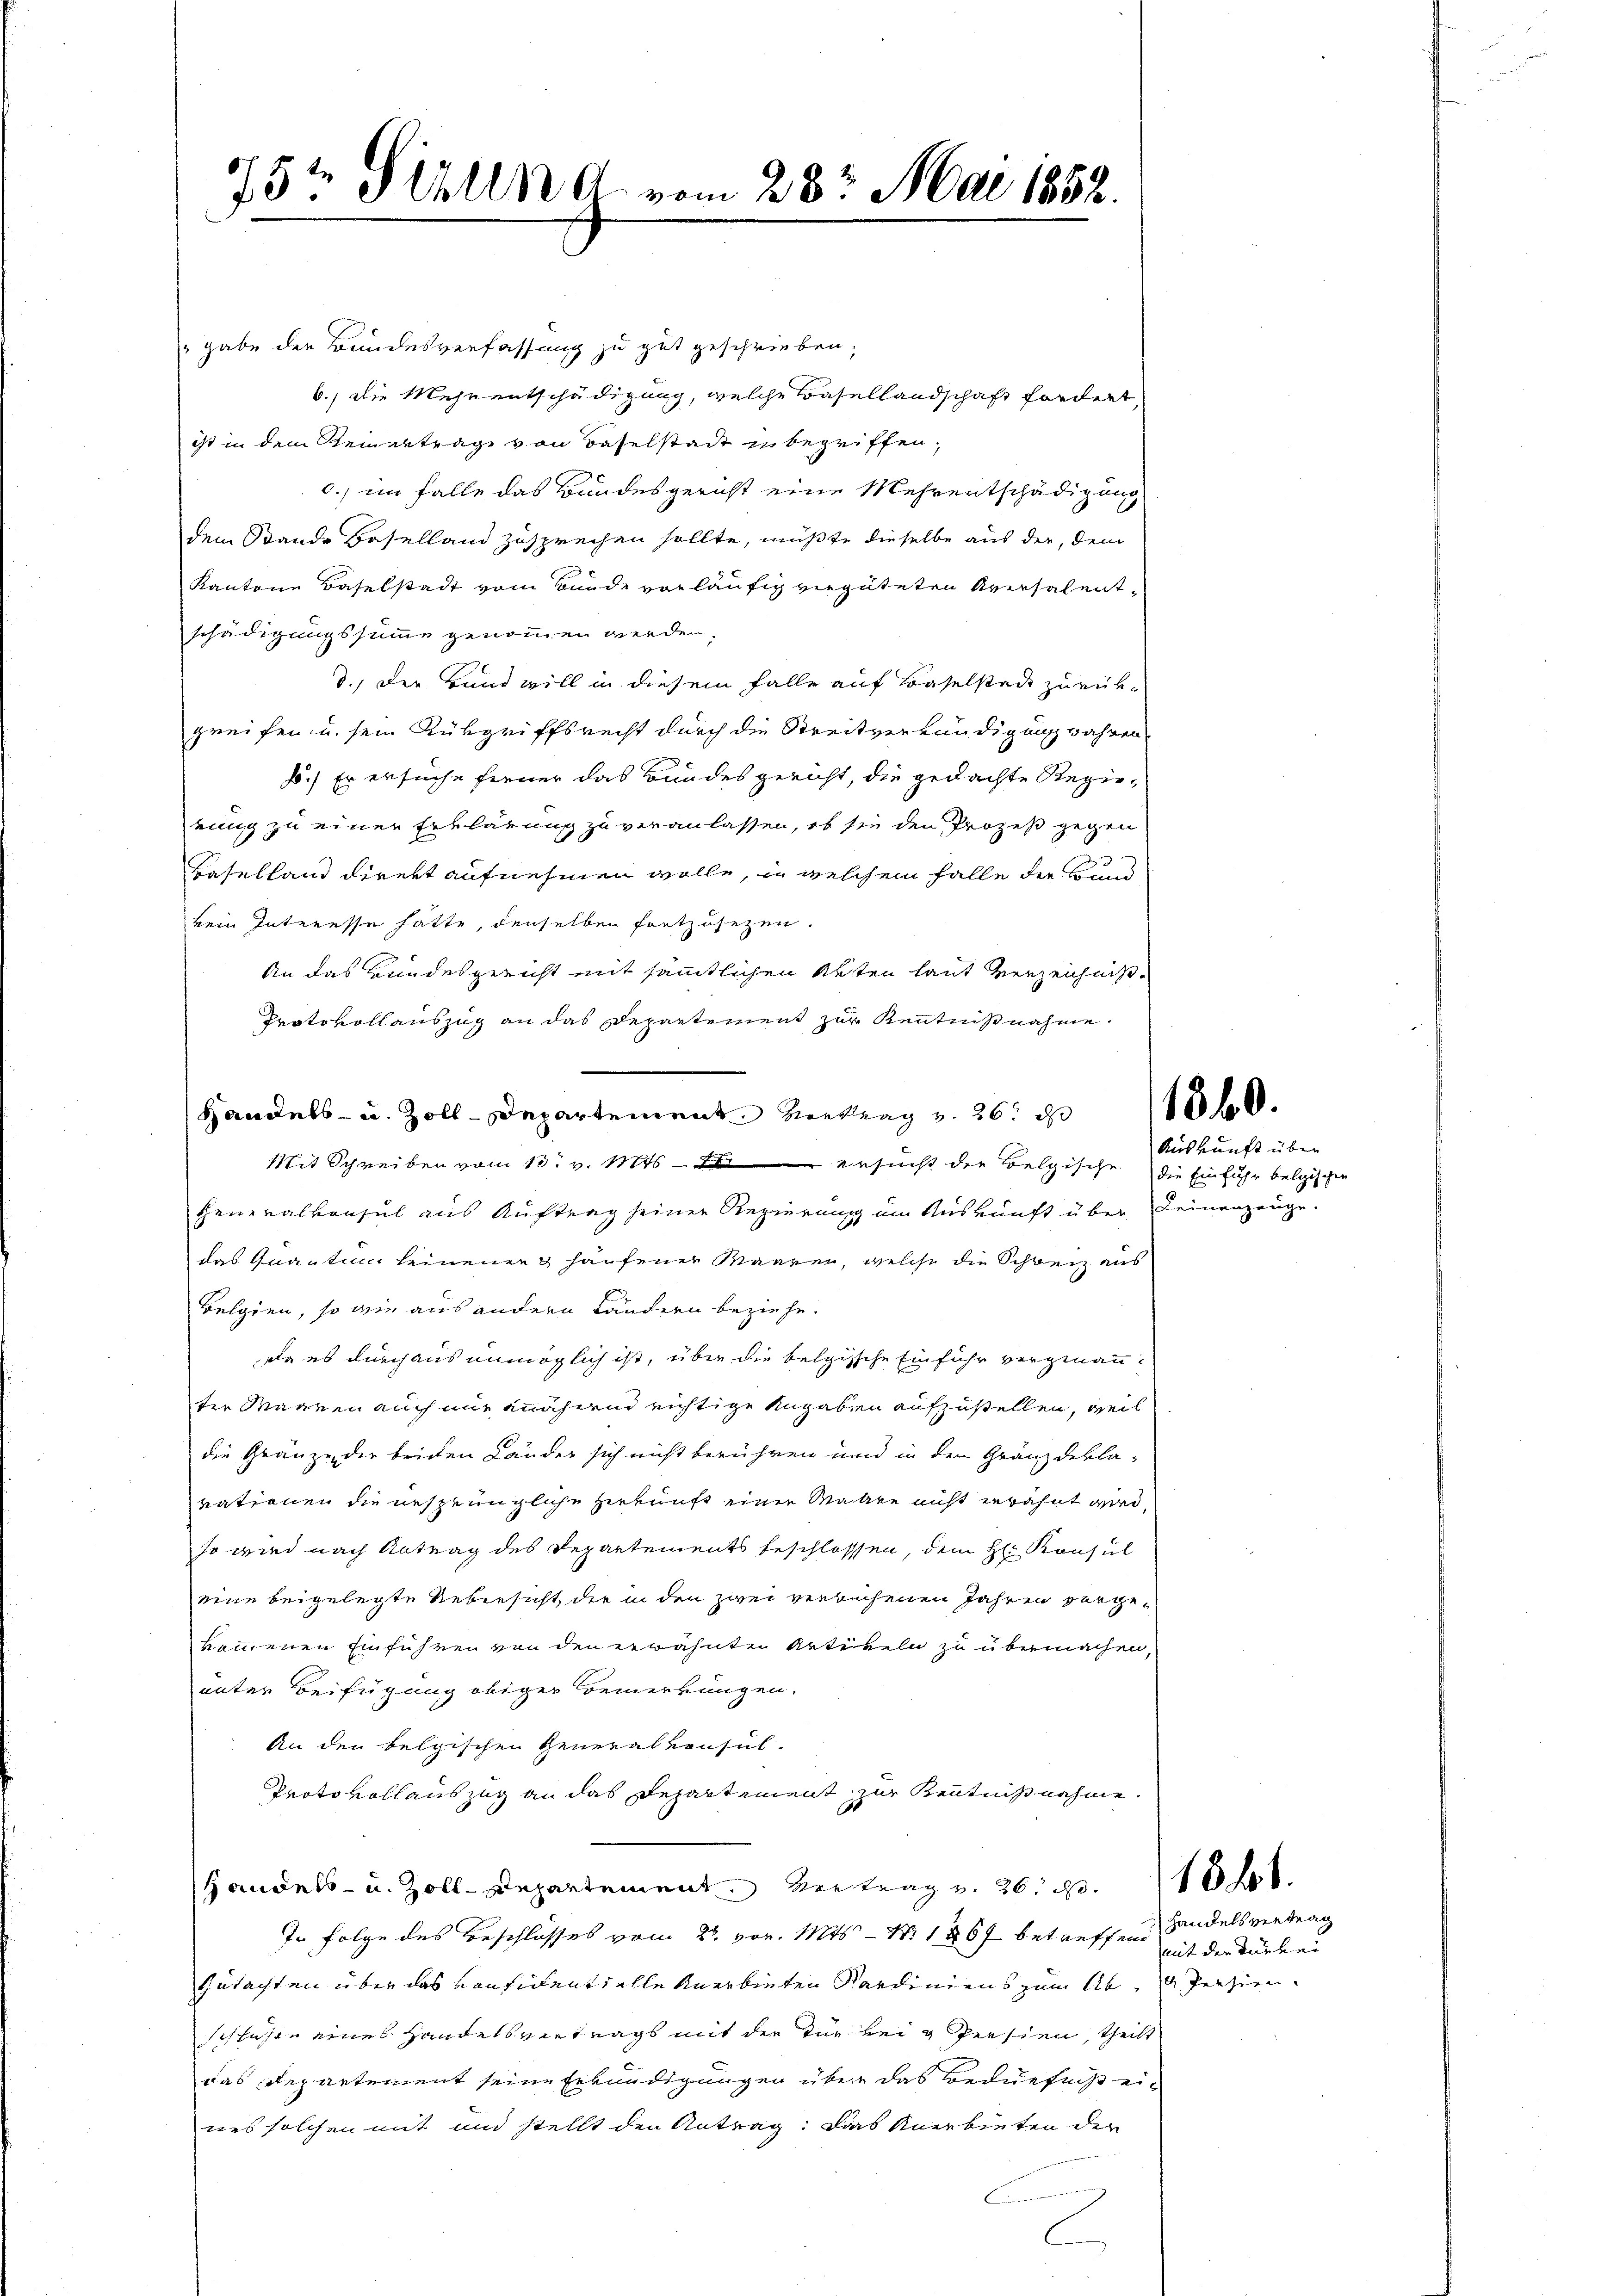
75t Pilln A. vom 23. Mai 1882.

gabe der Bundesverfassung zu gut geschrieben;
b.) Die Mehr entschädigung, welche Basellandschaft fordert
ist in dem Reinertrage von Baselstadt zu begriffen,
c) im Falle das Bundesgericht eine Mehrentschädigung
dem Stande Beselland zusprechen sollte, müßte dieselbe aus der, dem
Kantone Baselstadt vom Bunde vorläufig vergüteten Aversalent-
schädigungssumme genommen werden,
d.) Der Hand will in diesem Falle auf Baselsten zurükgreifen u. sein Rükgriffsrecht durch die Streitverkündigung wahren-
1.) Er ersuche ferner das Bundesgericht, die gedachte Regieeinig zu einer Erklärung zu veranlassen, ob sie den Prozeß gegen
Baselland direkt aufnehmen wolle, in welchem Falle der Hund
kein Interesse hatte, denselben fortzusetzen.
An das Bundesgericht mit sämmtlichen Akten laut verzeichniß¬
Protokollauszug an das Departement zur Kenntnißnahme.
Handels- u. Zolldepartement Vertrag v. 26 d
Mit Schreiben vom 13. v. Mts. — Sie ersucht der Belgische die Einfuhr belgischen
Generalkonsul aus Auftrag seiner Regierung um Auskunft über Deinenzeuge.
das Quantum seinenen haufener Waaren, welche die Schweiz aus
Belgien, so wie aus andern Ländern beziehe.
Da es durchaus unmöglich ist, über die belgische Einfuhr vergenanter Mannen auch mir annähern nichtige Angaben aufzustellen, weil
die Gränze der beiden Länder sich nicht berühren und in den Gränzdekla-
vationen die ursprüngliche Herkunft einer Maken nicht erwähnt wird,
so wird nach Antrag des Departements beschlossen, dem H. Konsul
eine beigelegte Uebersicht, der in den zwei verbuchenen Jahren vorgekommenen Einführen von den erwähnte Artikeln zu übermachen,
unter Beifügung obiger Bemerkungen.
An den belgischen Generalkonsul-
Protokoll auszug an das Departement zur Kenntnißnahme.
Handels- u. Zoll-Departement Vertrag v. 26. 110 f.
In Folge des Beschlosses vom 23. vor. Mts. - N. 1867 betreffend Handelsvertrag
Gutachten über das Konsidents alle Anerbieten Kardiniens zum Ab.  Persien.
schrifte eines Handelsvertrags mit der zur bei g Persien, theilt
das Departement seine Erkundigungen über das Bedürfniß eines solchen mit und stellt den Antrag: Das Anerbieten der

Auskunft über

mit der Turbe